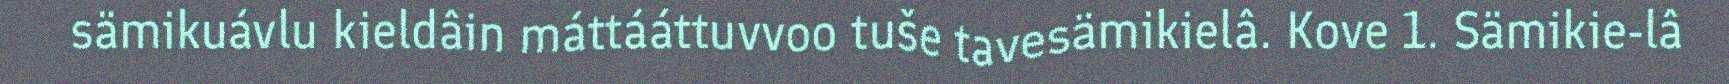
sämikuávlu kieldâin máttááttuvvoo tuše tavesämikielâ. Kove 1. Sämikie-lâ